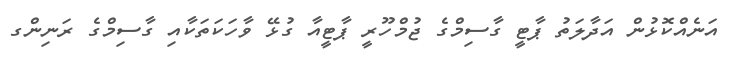
އަނެއްކޮޅުން އަދާލަތު ޕާޓީ ގާސިމްގެ ޖުމްހޫރީ ޕާޓީއާ ގުޅޭ ވާހަކަތަކާއި ގާސިމްގެ ރަނިންގ